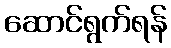
ဆောင်ရွက်ရန်